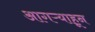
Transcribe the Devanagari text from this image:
आगऱ्याहून